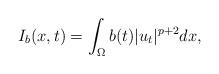
LaTeX: \begin{align*}I_b(x,t)=\int_\Omega b(t)|u_t|^{p+2}dx,\end{align*}